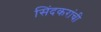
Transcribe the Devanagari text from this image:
सिंदकरांची